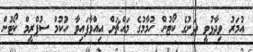
އުމަރު ވިދާޅުވީ ދަށުގެ ކޯޓުން ހުމާމުގެ މައްޗަށް އިއްވާފައިވާ ހުކުމް ސުޕްރީމް ކޯޓުން